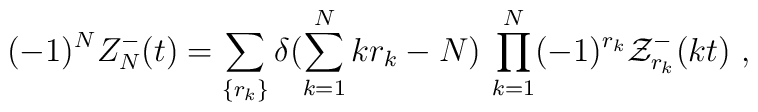
(-1)^N Z^{-}_N(t) = \sum_{\{r_k\}}\delta(\sum_{k=1}^N k r_k - N) \,\prod_{k=1}^N (-1)^{r_k}{\cal Z}^{-}_{r_k}(kt)~,